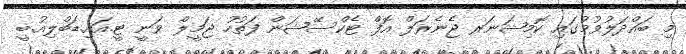
މި ބައްދަލުވުމުގައި ކޮމިޝަނަރ ޖެނެރަލް އޮފް ޓެކްސޭޝަން ފަތުހު ޖަމީލް ވަނީ ޓީ.އައި.ޑަބްލިއު.ބީ